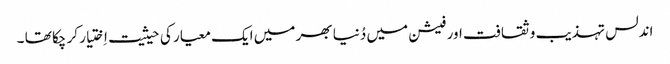
اندلس تہذیب و ثقافت اور فیشن میں دُنیا بھر میں ایک معیار کی حیثیت اِختیار کر چکا تھا ۔